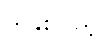
တနှစ်ပြည့်